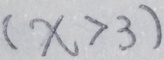
( x > 3 )